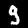
Digit: 9